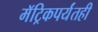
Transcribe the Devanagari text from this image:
मॅट्रिकपर्यंतही